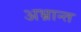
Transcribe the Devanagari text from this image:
अभ्रान्त